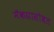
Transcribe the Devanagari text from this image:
मॅकग्रासोबत